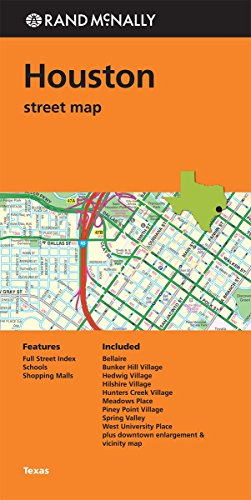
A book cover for Rand McNally Houston regional map, Texas; Travel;